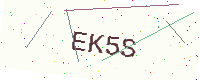
Text: EK5S